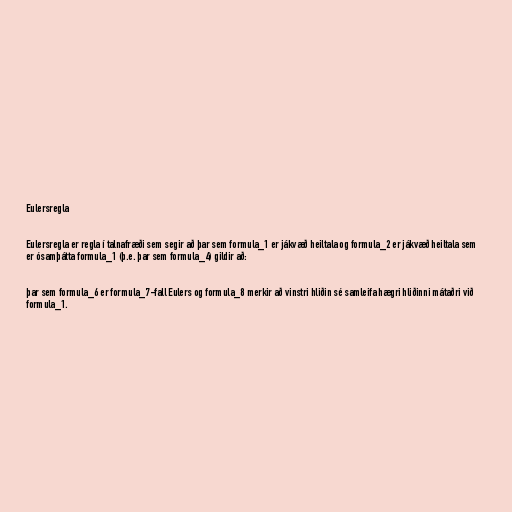
Eulersregla

Eulersregla er regla í talnafræði sem segir að þar sem formula_1 er jákvæð heiltala og formula_2 er jákvæð heiltala sem
er ósamþátta formula_1 (þ.e. þar sem formula_4) gildir að:

þar sem formula_6 er formula_7-fall Eulers og formula_8 merkir að vinstri hliðin sé samleifa hægri hliðinni mátaðri við
formula_1.